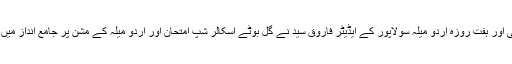
گُل بوٹے ممبئی اور ہفت روزہ اُردو میلہ سولاپور کے ایڈیٹر فاروق سیّد نے گُل بوٹے اسکالر شپ امتحان اور اُردو میلہ کے مشن پر جامع انداز میں اپنی بات کہی۔